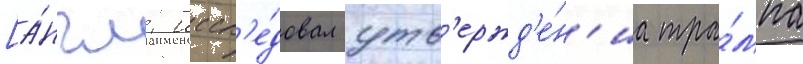
[а́нгл. иссл'е́довал утв'ержд'е́н'иа тра́мпа